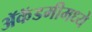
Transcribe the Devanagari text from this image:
ॲकॅडमीमध्ये